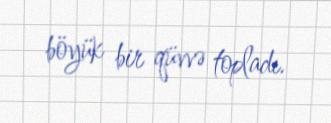
böyük bir qüvvə topladı.